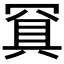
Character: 𰭐